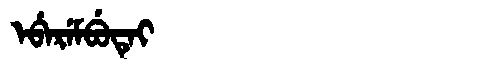
Manchu: ᡝᠪᡝᡵᡝᠮᠪᡠᡨᡝᡳ
Romanization: EBEREMBUTEI